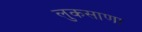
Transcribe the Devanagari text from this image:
लुकसाणा